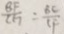
\frac { B F } { C F } = \frac { B C } { C F }